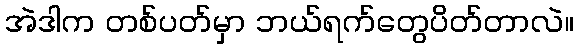
အဲဒါက တစ်ပတ်မှာ ဘယ်ရက်တွေပိတ်တာလဲ။